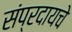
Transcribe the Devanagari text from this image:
संप्रदायचे